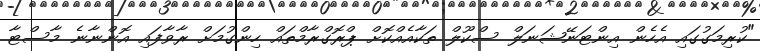
"ކުރިމަގުގައި އެހެން އިންޓަނޭޝަނަލް ސްކޫލް ތަކާއެއްކޮށް ޕްރޮގްރާމްތައް ހިންގުމަށް ރާވާފައި އޮންނާނެ މާސްޓާ